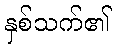
နှစ်သက်၏